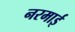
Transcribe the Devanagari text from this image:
नरमाई